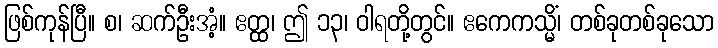
ဖြစ်ကုန်ပြီ။ စ၊ ဆက်ဦးအံ့။ ဧတ္ထ၊ ဤ ၁၃၊ ဝါရတို့တွင်။ ဧကေကသ္မိံ၊ တစ်ခုတစ်ခုသော